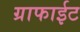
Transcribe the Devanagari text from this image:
ग्राफाईट